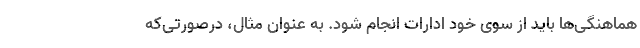
هماهنگی‌ها باید از سوی خود ادارات انجام شود. به عنوان مثال، درصورتی‌که